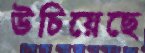
উচিয়েছে